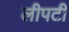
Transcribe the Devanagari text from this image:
लीपटी